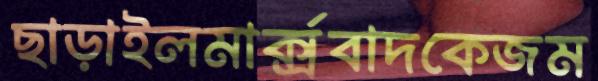
ছাড়াইলমার্ক্সবাদকেজম